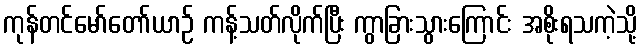
ကုန်တင်မော်တော်ယာဉ် ကန့်သတ်လိုက်ပြီး ကွာခြားသွားကြောင်း အစိုးရသကဲ့သို့